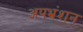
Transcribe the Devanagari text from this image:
अपभ्रंशन